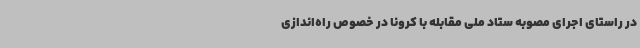
در راستای اجرای مصوبه ستاد ملی مقابله با کرونا در خصوص راه‌اندازی